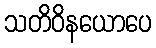
သတိဝိနယောပေ